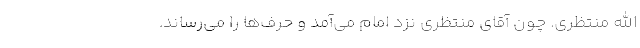
الله منتظری. چون آقای منتظری نزد امام می‌آمد و حرف‌ها را می‌رساند.